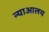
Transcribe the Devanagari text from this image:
न्याआलय